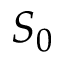
S _ { 0 }